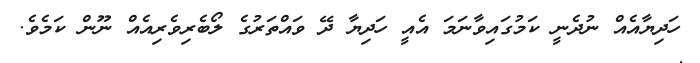
ހަދިޔާއެއް ނުދެނީ ކަމުގައިވާނަމަ އެއީ ހަދިޔާ ދޭ ވައްތަރުގެ ލޯބެރިވެރިއެއް ނޫން ކަމެވެ.